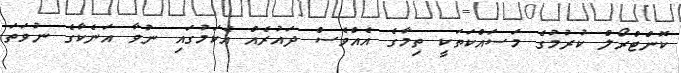
ކޮންޓްރޯލް ކުރުމުގެ މަސައްކަތަކީ ތިމާގެ އެއްވެސް ދައުރެއް އެކަމުގައި ނުވާ އަނެކާގެ ނުވަތަ